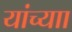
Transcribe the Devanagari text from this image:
यांच्याा